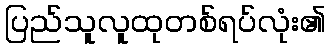
ပြည်သူလူထုတစ်ရပ်လုံး၏